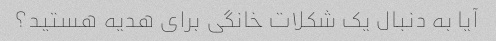
آیا به دنبال یک شکلات خانگی برای هدیه هستید؟